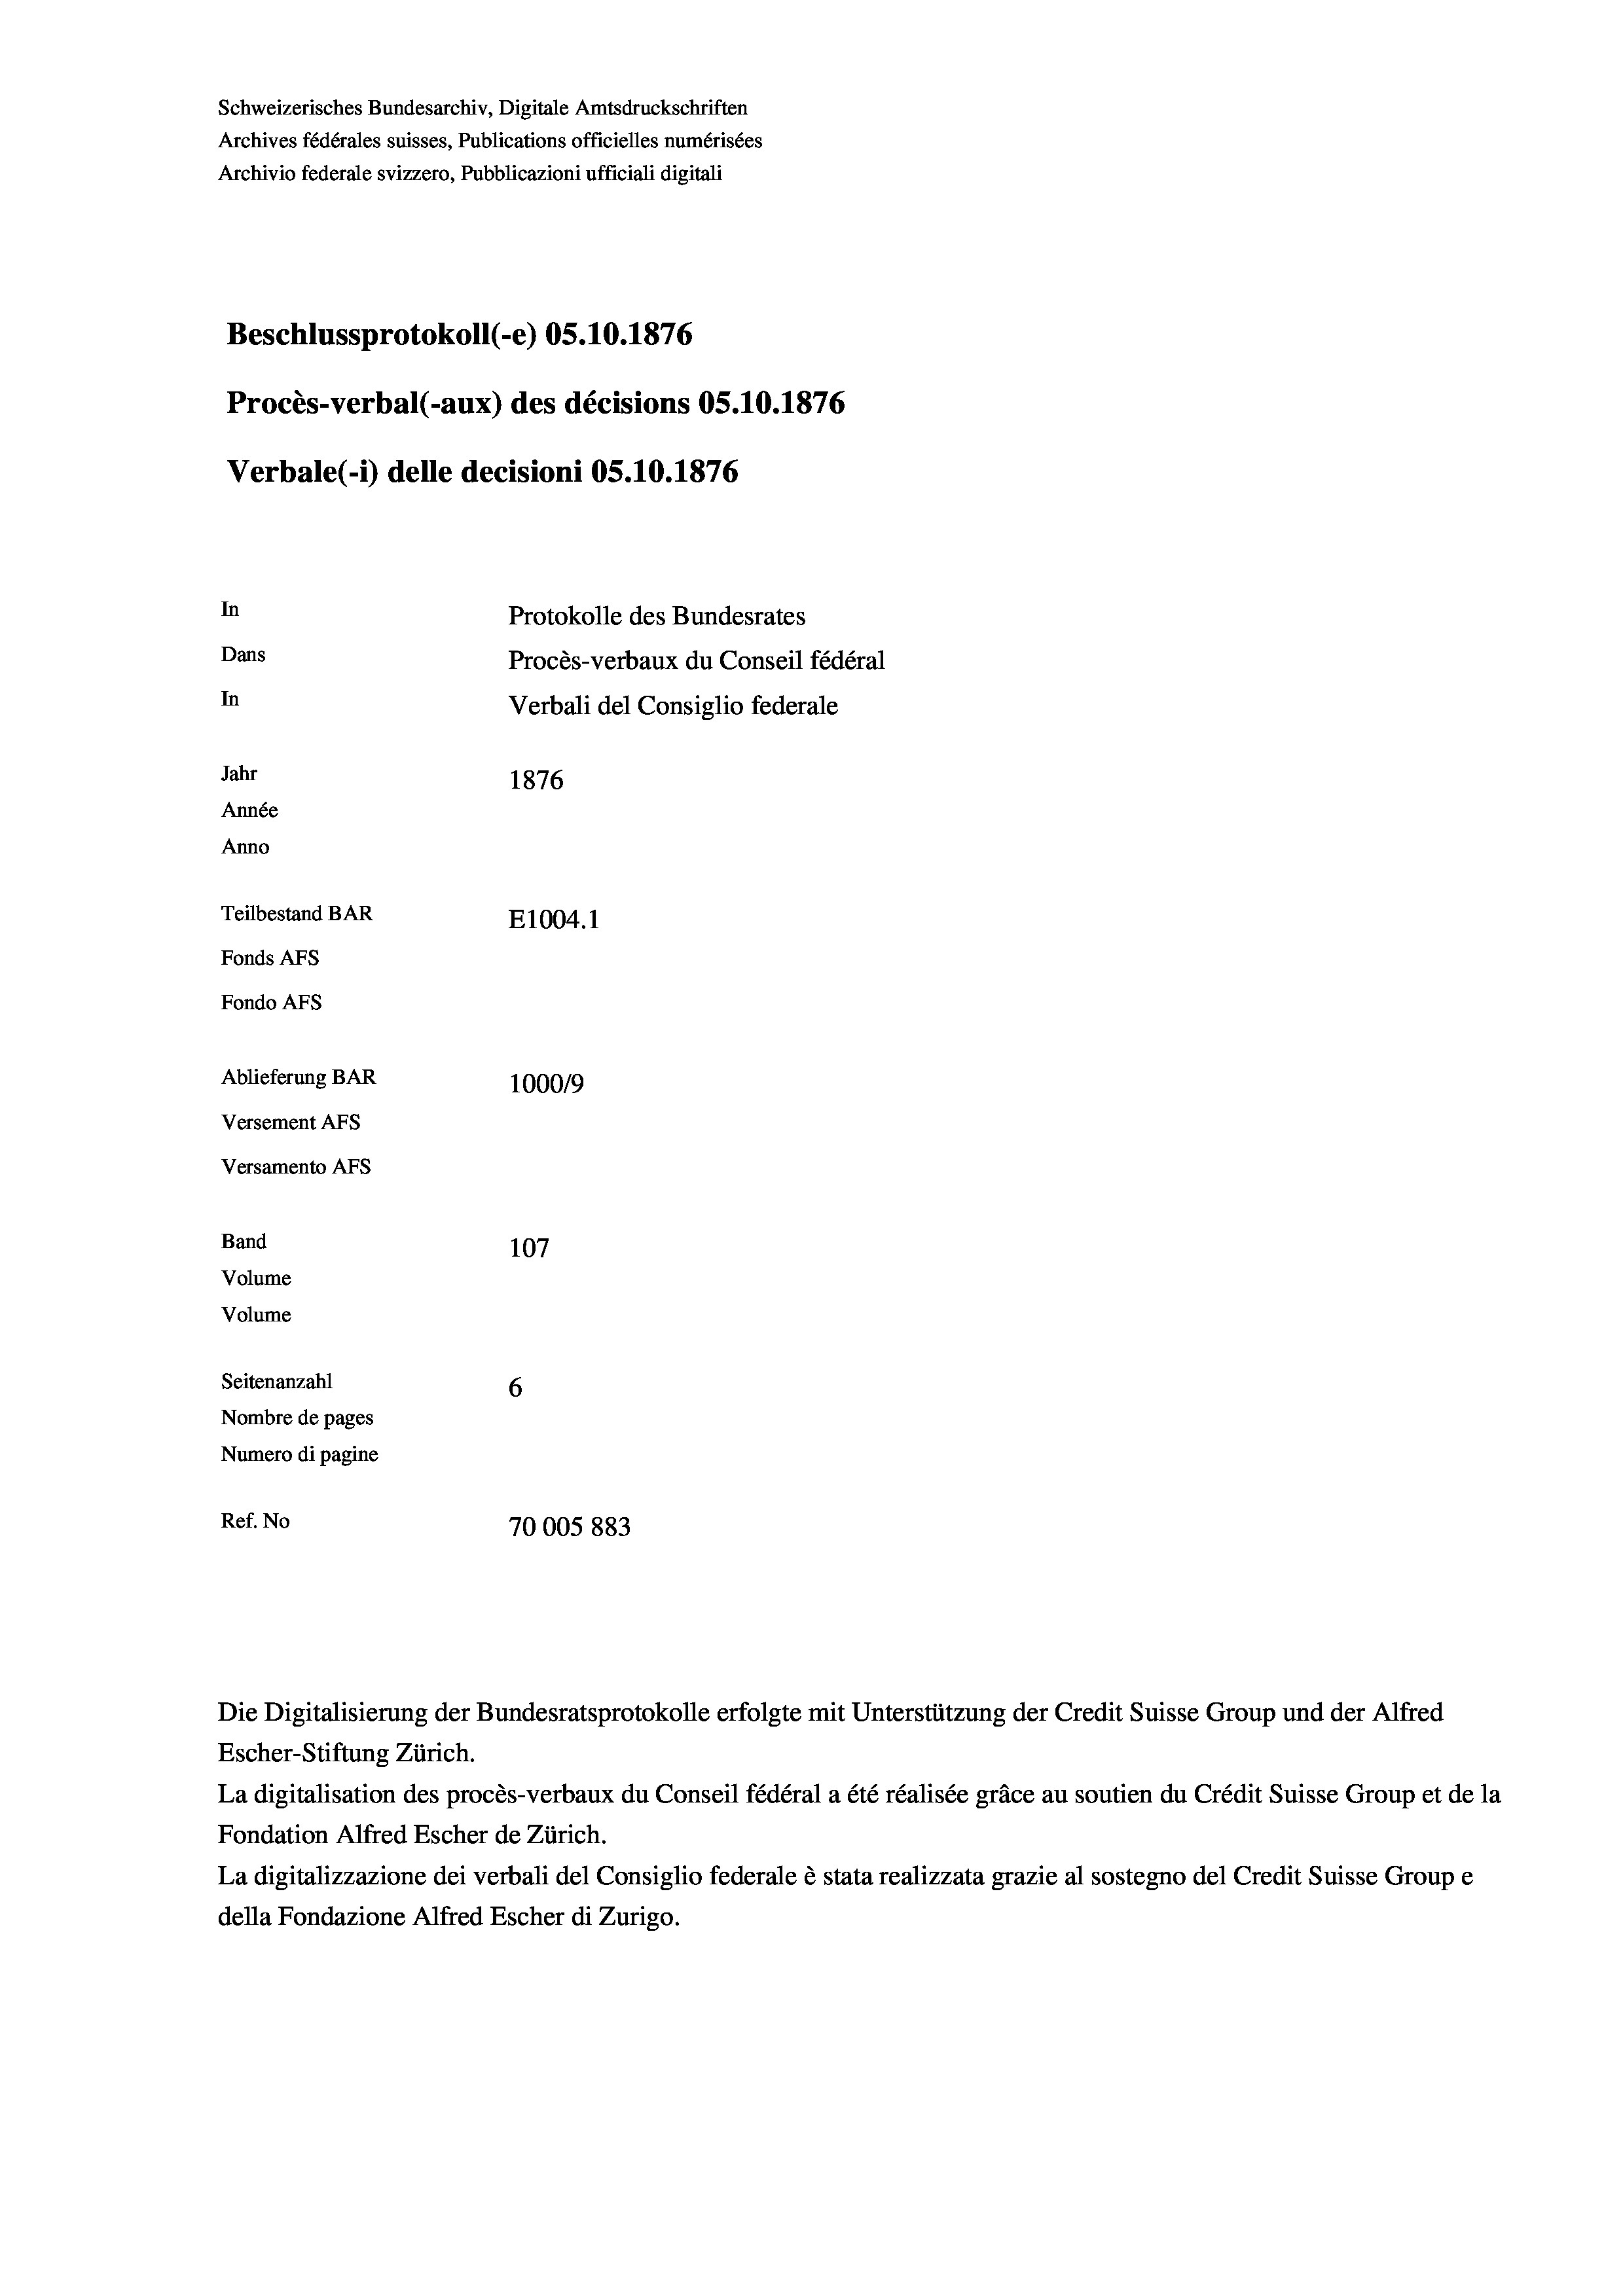
Schweizerisches Bundesarchiv, Digitale Amtsdruckschriften
Archives fédérales suisses, Publications officielles numérisées
Archivio federale svizzero, Pubblicazioni ufficiali digitali
Beschlussprotokoll (-e) 05.10.1876
Procès-verbal (-aux) des décisions OS.10.1876
Verbale (1) delle decisioni OS.10.1876
In
Protokolle des Bundesrates
Dans
Procès-verbaux du Conseil fédéral
In
Verbali del Consiglio federale
Jahr
1876
Année
Anno
Teilbestand BAR
E1004. 1
Fonds AFs
Fondo AFS
Ablieferung BAR
100019
Versement Abs
Versamento Afs

Band
Volume
Volume

107
Seitenanzahl
6
Nombre de pages
Numero di pagine
Ref. No
70005 883

Escher-Stiftung Zürich.
La digitalisation des procès-verbaux du Conseil fédéral a été réalisée gräce au soutien du Crédit Suisse Group et de la
Fondation Alfred Escher de Zürich.
La digitalizzazione dei verbali del Consiglio federale è stata realizzata grazie al sostegno del Credit Suisse Groupe
della Fondazione Alfred Escher di Zurigo.

Die Digitalisierung der Bundesratsprotokolle erfolgte mit Unterstützung der Credit Suisse Group und der Alfred